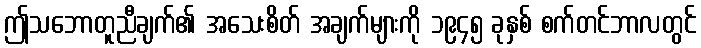
ဤသဘောတူညီချက်၏ အသေးစိတ် အချက်များကို ၁၉၄၅ ခုနှစ် စက်တင်ဘာလတွင်